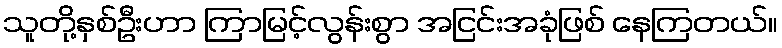
သူတို့နှစ်ဦးဟာ ကြာမြင့်လွန်းစွာ အငြင်းအခုံဖြစ် နေကြတယ်။